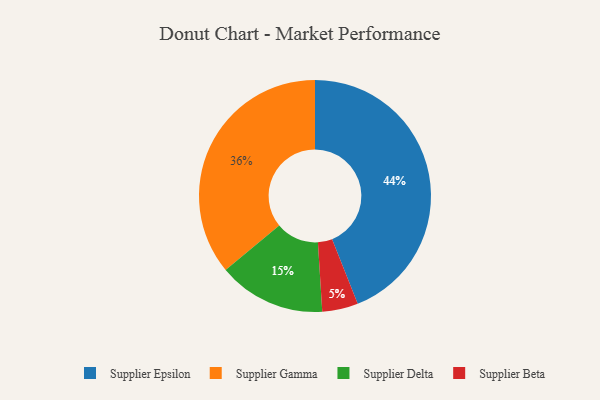
{"axis": {"x": "Category", "y": "Percentage"}, "legend": ["Supplier Beta", "Supplier Delta", "Supplier Epsilon", "Supplier Gamma"], "data": [{"x": "Supplier Beta", "y": 5, "type": "Supplier Beta"}, {"x": "Supplier Gamma", "y": 36, "type": "Supplier Gamma"}, {"x": "Supplier Epsilon", "y": 44, "type": "Supplier Epsilon"}, {"x": "Supplier Delta", "y": 15, "type": "Supplier Delta"}]}